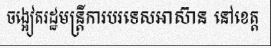
ចង្អៀតរដ្ឋមន្ត្រីការបរទេសអាស៊ាន នៅខេត្ត